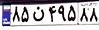
۸۵ن۴۹۵۸۸